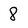
Character: 8